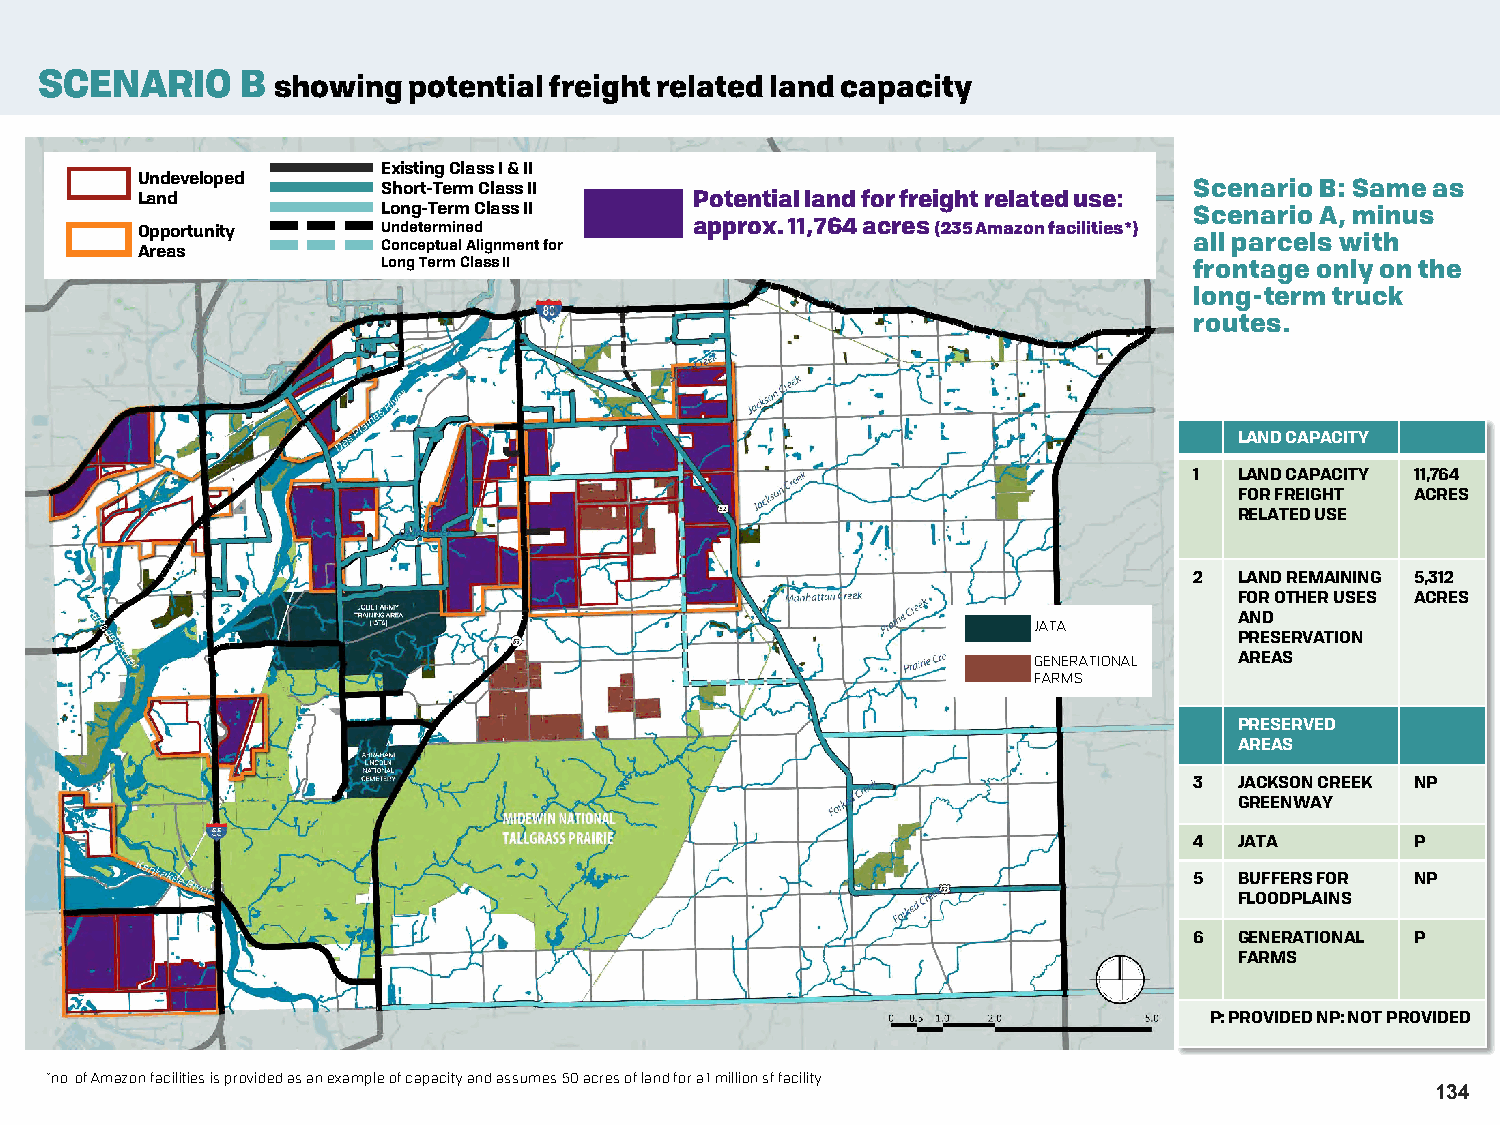
SCENARIO     B showing  potential freight related land capacity
 Existing Class I & II
 Undeveloped
 Short-Term Class II                                   Scenario B: Same as
 Land                                 Potential land for freight related use:
 Long-Term Class II                                    Scenario A, minus
 Opportunity     Undetermined         approx. 11,764 acres (235Amazon facilities*)
 Areas           Conceptual Alignment for                              all parcels with
 Long Term Class II                                    frontage only on the
 long-term truck
 routes.
 LAND CAPACITY
 1  LAND CAPACITY 11,764
 FOR FREIGHT ACRES
 RELATED USE
 2  LAND REMAINING 5,312
 FOR OTHER USES ACRES
 AND
 JATA
 PRESERVATION
 GENERATIONAL  AREAS
 FARMS
 PRESERVED
 AREAS
 3  JACKSON CREEK NP
 GREENWAY
 4  JATA        P
 5  BUFFERS FOR NP
 FLOODPLAINS
 6  GENERATIONAL P
 FARMS
 P: PROVIDED NP: NOT PROVIDED
 *no. of Amazon facilities is provided as an example of capacity and assumes 50 acres of land for a 1 million sf facility.
 134